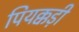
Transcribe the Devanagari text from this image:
पियक्कड़ी